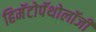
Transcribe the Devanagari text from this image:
हिमॅटोपॅथोलॉजी